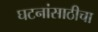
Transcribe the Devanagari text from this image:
घटनांसाठीचा